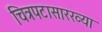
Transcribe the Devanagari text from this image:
चित्रपटासारख्या